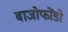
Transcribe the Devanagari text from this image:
बाजोफोंडो